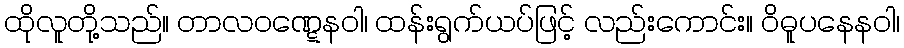
ထိုလူတို့သည်။ တာလဝဏ္ဋေနဝါ၊ ထန်းရွက်ယပ်ဖြင့် လည်းကောင်း။ ဝိဓူပနေနဝါ၊